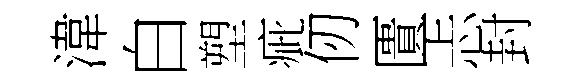
湋白塑疵仞匱忐封